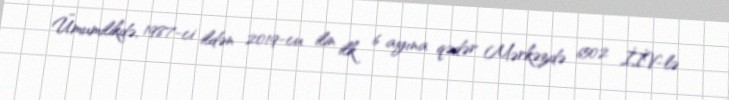
Ümumilikdə, 1987-ci ildən 2019-cu ilin ilk 6 ayına qədər Mərkəzdə 6502 İİV-lə